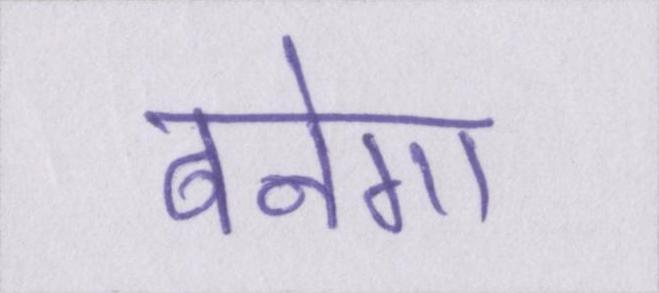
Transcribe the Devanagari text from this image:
बनेगा